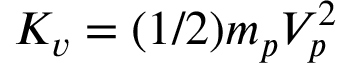
K _ { v } = ( 1 / 2 ) m _ { p } V _ { p } ^ { 2 }